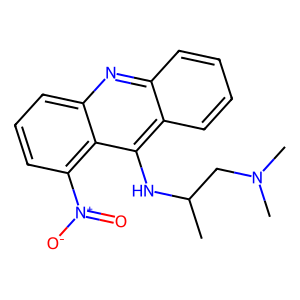
SMILES: CC(CN(C)C)Nc1c2ccccc2nc2cccc([N+](=O)[O-])c12
Inhibits HIV replication: No